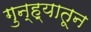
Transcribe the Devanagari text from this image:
गुन्ह्यातून